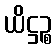
ယိဋ္ဌဉ္စ